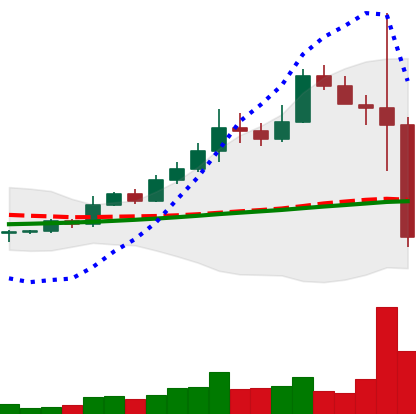
Ticker: BNB-USD
Chart end date: 2022-11-09
Forward return: 4.394%
Label: up_3_5